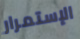
الإستمرار